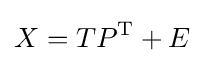
X=TP^{\mathrm {T} }+E